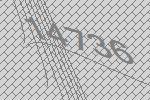
14736